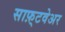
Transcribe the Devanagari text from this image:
साफ़्टवेअर